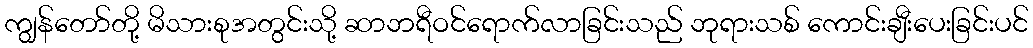
ကျွန်တော်တို့ မိသားစုအတွင်းသို့ ဆာဘရီဝင်ရောက်လာခြင်းသည် ဘုရားသစ် ကောင်းချီးပေးခြင်းပင်